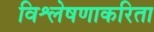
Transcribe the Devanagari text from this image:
विश्लेषणाकरिता